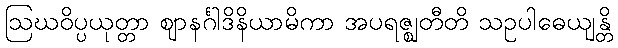
ဩဃဝိပ္ပယုတ္တာ ဈာနင်္ဂါဒိနိယာမိကာ အပရဇ္ဈတီတိ သဥပါဓေယျန္တိ